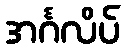
အင်္ဂလိပ်